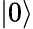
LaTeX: \vert 0\rangle